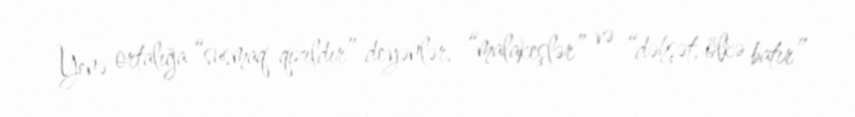
Yenə ortalığa “susmaq qızıldır” deyənlər, “malakeşlər” və “dəhşət, ölkə batır”